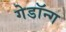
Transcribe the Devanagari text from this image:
गेडॉन्ग